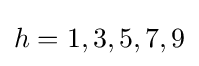
h=1,3,5,7,9